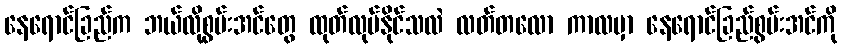
နေရောင်ခြည်က ဘယ်လိုစွမ်းအင်တွေ ထုတ်လုပ်နိုင်သလဲ လတ်တလော ကာလမှာ နေရောင်ခြည်စွမ်းအင်ကို